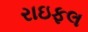
રાઇફલ